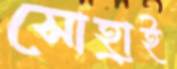
সোহ্রাই